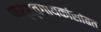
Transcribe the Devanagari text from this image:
पार्श्वगायकांसोबत